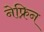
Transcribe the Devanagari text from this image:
नेफ्रिन